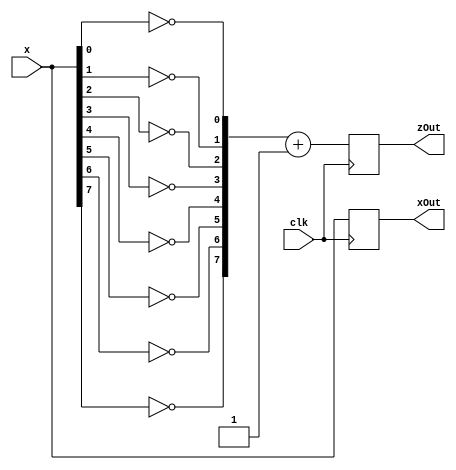
`timescale 1ns / 1ps
//////////////////////////////////////////////////////////////////////////////////
// Company: 
// Engineer: 
// 
// Design Name: 
// Module Name:    negCell 
// Project Name: 
// Target Devices: 
// Tool versions: 
// Description: 
//
// Dependencies: 
//
// Revision: 
// Revision 0.01 - File Created
// Additional Comments: 
//
//////////////////////////////////////////////////////////////////////////////////
module negCell(clk,
					x,
					xOut,zOut);
				
parameter SZ = 8;

input clk;
input [SZ-1:0]x;
output [SZ-1:0]xOut,zOut;

reg [SZ-1:0]xReg = 0;
reg [SZ-1:0]zReg = 0;

wire [SZ-1:0]neg;
wire [SZ-1:0]c;

assign neg[0] = ~x[0];
assign neg[1] = ~x[1];
assign neg[2] = ~x[2];
assign neg[3] = ~x[3];
assign neg[4] = ~x[4];
assign neg[5] = ~x[5];
assign neg[6] = ~x[6];
assign neg[7] = ~x[7];
assign c = neg + 8'b00000001;

always@(posedge clk)
begin
	xReg <= x;
	zReg <= c;
end

assign xOut = xReg;
assign zOut = zReg;

endmodule